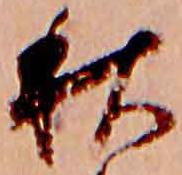
秋